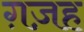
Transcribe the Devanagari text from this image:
ग़ज़ह